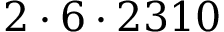
2 \cdot 6 \cdot 2 3 1 0